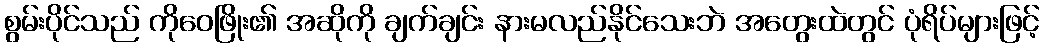
စွမ်းပိုင်သည် ကိုဝေဖြိုး၏ အဆိုကို ချက်ချင်း နားမလည်နိုင်သေးဘဲ အတွေးထဲတွင် ပုံရိပ်များဖြင့်